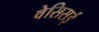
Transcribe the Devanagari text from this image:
वेसिसई